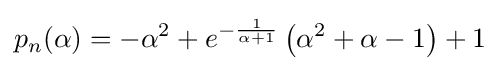
p_{n}(\alpha )=-\alpha ^{2}+e^{-{\frac {1}{\alpha +1}}}\left(\alpha ^{2}+\alpha -1\right)+1